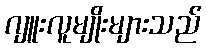
ဂျူးလူမျိုးများသည်